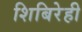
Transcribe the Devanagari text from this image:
शिबिरेही